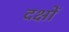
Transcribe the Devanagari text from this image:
दक्षों